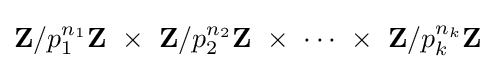
\mathbf {Z} /p_{1}^{n_{1}}\mathbf {Z} \ \times \ \mathbf {Z} /p_{2}^{n_{2}}\mathbf {Z} \ \times \ \cdots \ \times \ \mathbf {Z} /p_{k}^{n_{k}}\mathbf {Z}